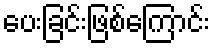
ပေးခြင်းဖြစ်ကြောင်း